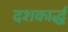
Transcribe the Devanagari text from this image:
दशकार्द्ध